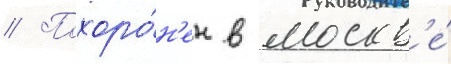
// Похоро́н'ен в москв'е́